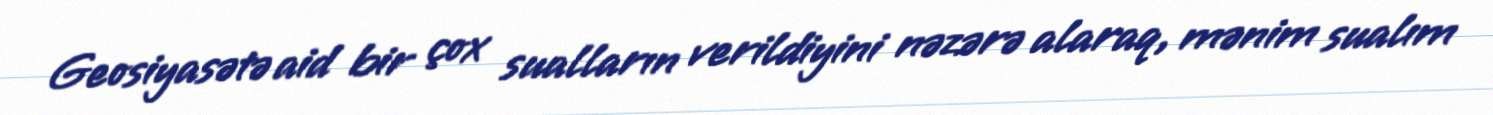
Geosiyasətə aid bir çox sualların verildiyini nəzərə alaraq, mənim sualım